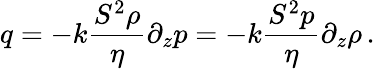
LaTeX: q=-k\frac{S^{2}\rho}{\eta}\partial_{z}p=-k\frac{S^{2}p}{\eta}\partial_{z}\rho\, .